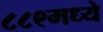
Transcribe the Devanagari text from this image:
८८९मध्ये